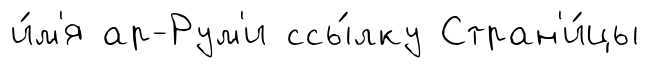
и́м'я ар-Рум'и ссы́лку Стран'и́цы